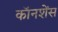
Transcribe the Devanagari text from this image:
कॉनशेंस